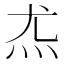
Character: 𰝽